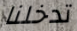
تدخلنا